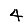
Digit: 4